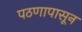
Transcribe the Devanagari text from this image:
पठणापासून